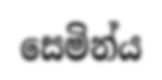
සෙමින්ය